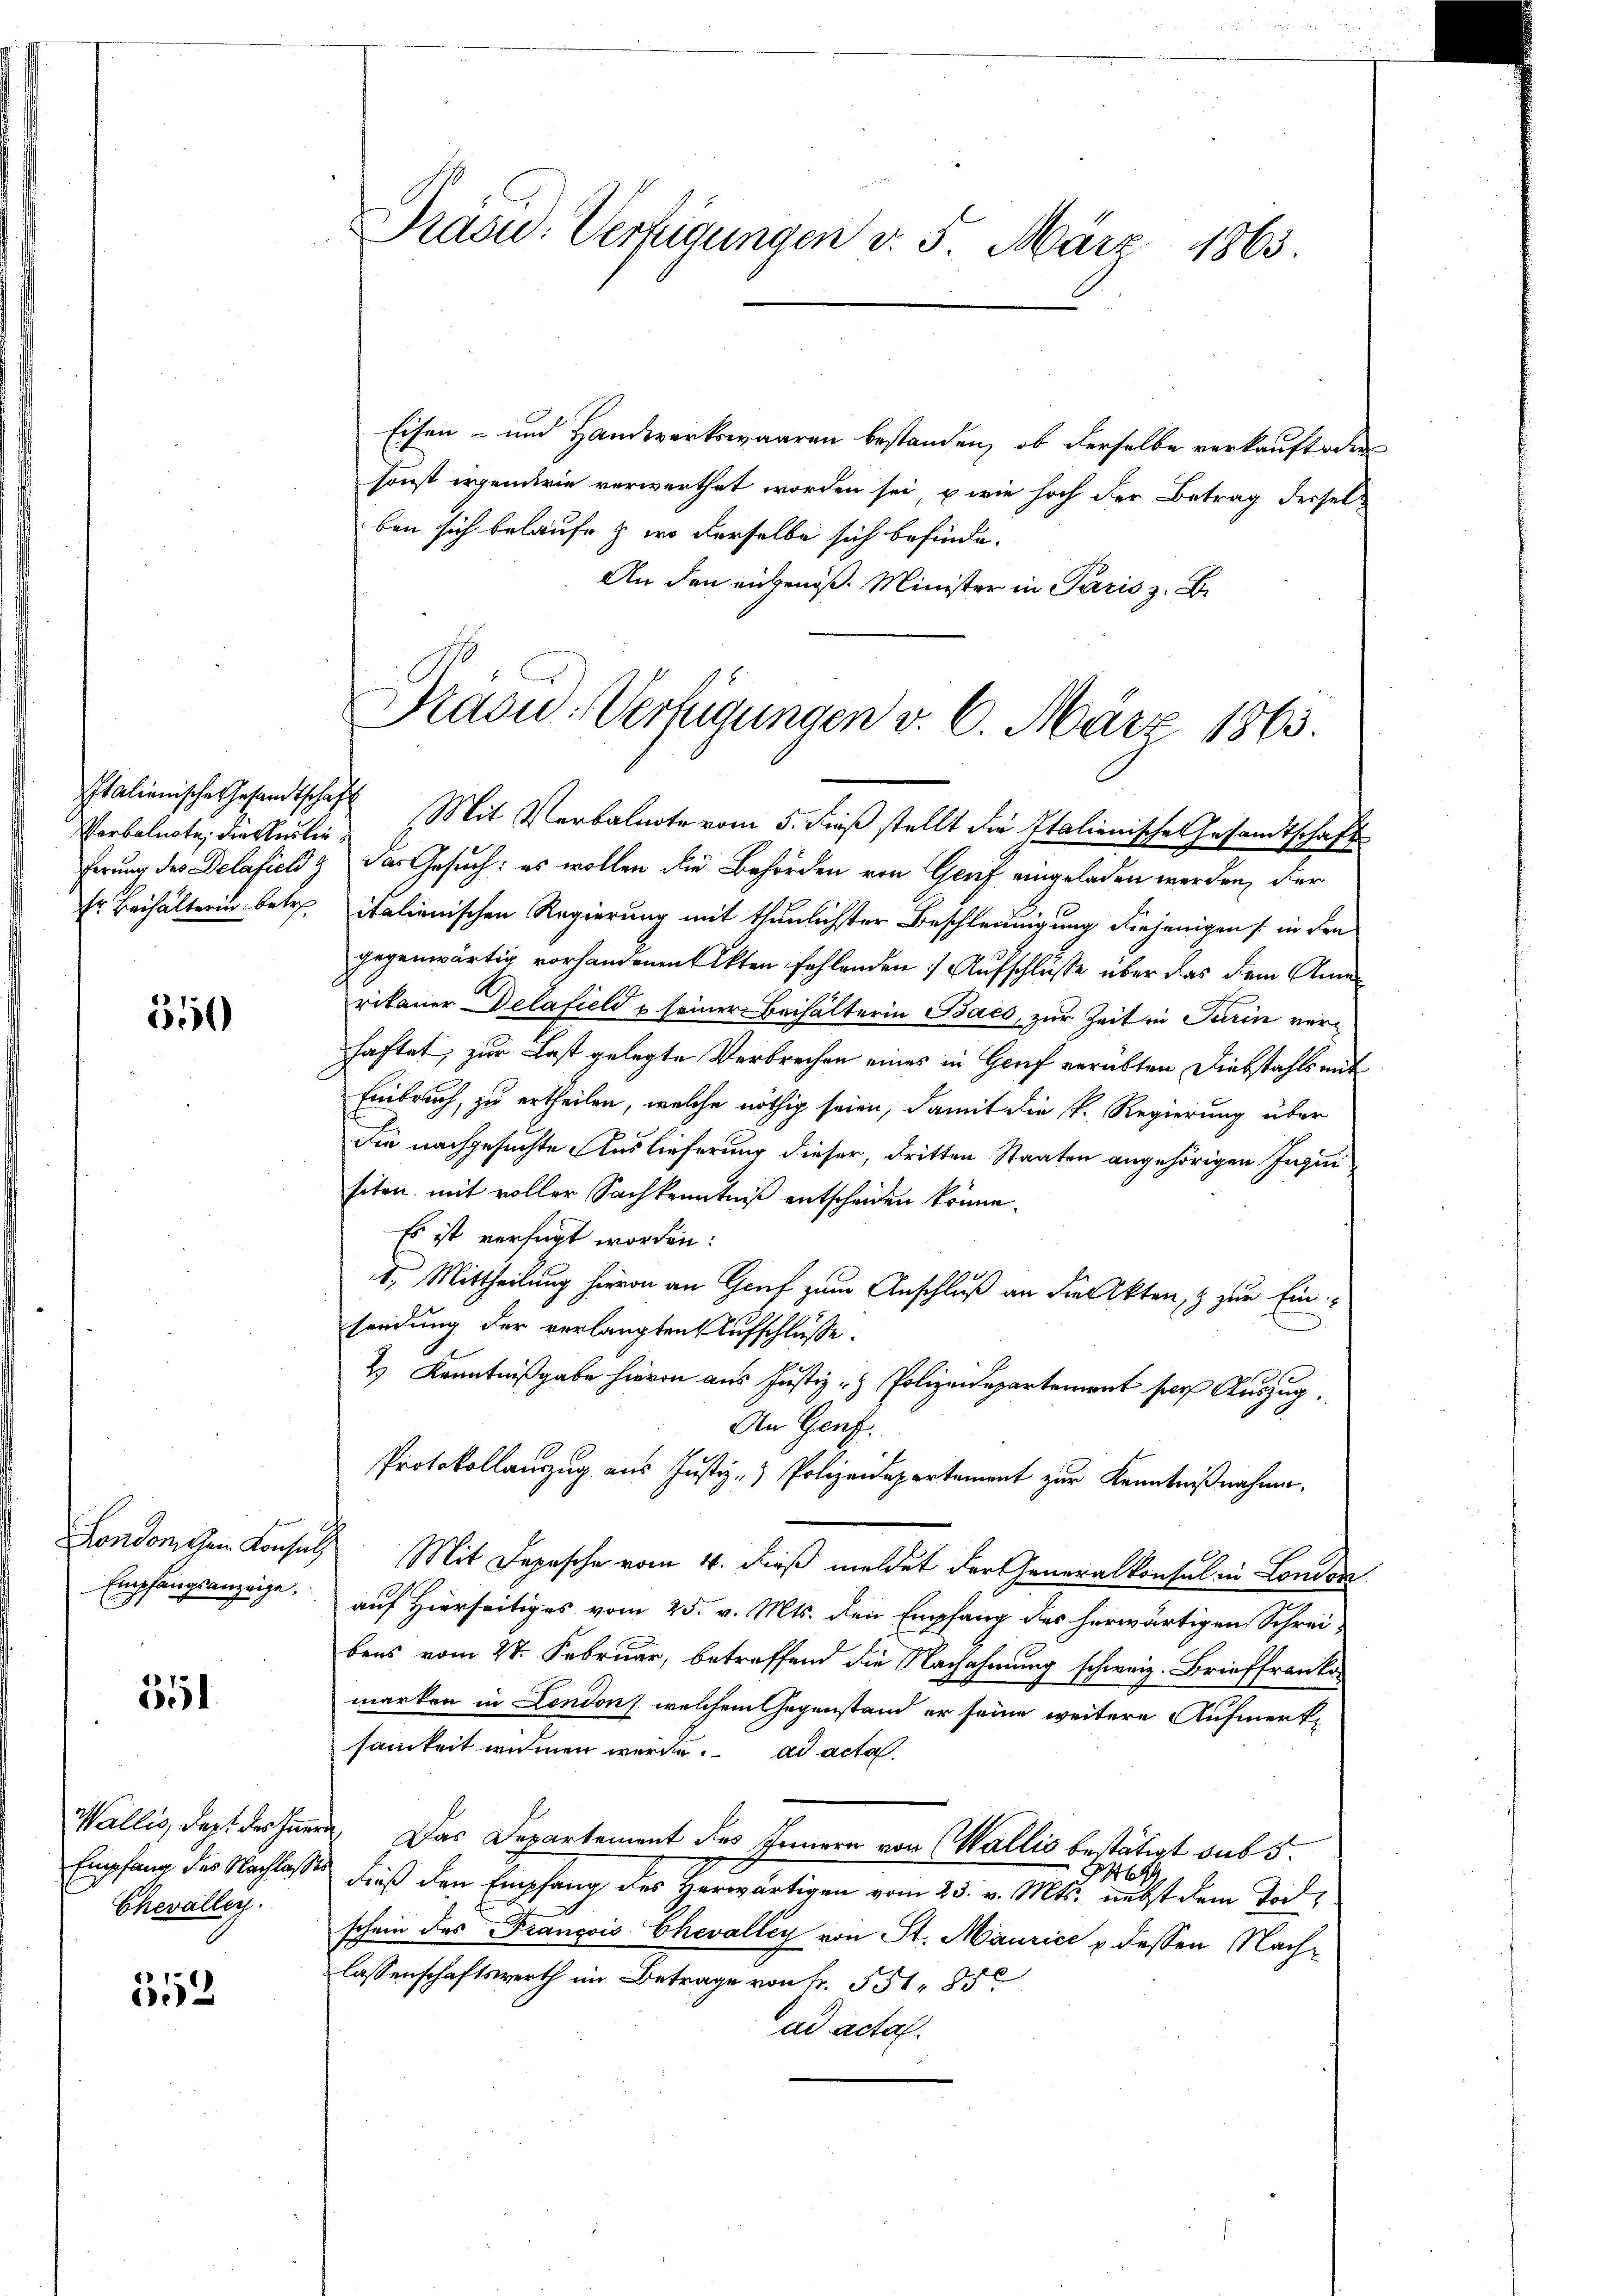
Verbalnote, die Auslie¬

550

187
.).

Chevaller.

552

Präsid.: Verfügungen d. 5. März 1863.

Eisen- und Handwerkswaaren bestanden, ob derselbe verkauft oder
sonst irgendrie verwerthet worden sei, u wie hoch der Betrag derselben sich belaufe & wo derselbe sich befinde.
An den angenoß. Minister in Paris z. B.

Ardou-Verfügungen v. 6. März 1863.

Italienische Gesandtschaft Mit Verbalnote vom 5. dieß stellt die Italienisches Gesamtschaft
ferung des Delasield & das Gesuch: es wollen die Behörden von Graf eingeladen werden, der
Er Beihalterin betr. italienischen Regierung mit thunlichster Beschleunigung diejenigen (in den
gegenwärtig vorhandenen Akten fehlenden : Aufschlüsse über das dem Anne
rikaner Delafield u seiner Beihälterin Bacs, zur Zeit in Turin verhaftet; zur Last gelegte Verbrechen eines in Genf verübten Diebstahls mit
Einbruch, zu ertheilen, welche nöthig seien, damit die k. Regierung über
Sie nachgesuchte Auslieferung dieser, dritten Staaten angehörigen Inquisiten, mit voller Sachkenntniß entscheiden könne.
Es ist verfügt worden:
1. Mittheilung hievon an Graf zum Anschluß an die Akten, & zur Ein
sendung der verlangten Aufschlüsse.
2 Kenntnißgabe hievon aus Justiz- & Polizeidepartement ser Auszug.
An Genf.
Protokollanzug aus Justiz- & Polizeidepartement zur Kenntnißnahme.
Londonischen Konsul Mit Depesche vom 4. dieß meldet der Generalkonsul in London
Empfangsanzeige, auf Hierseitiges vom 25. v. Mts. den Empfang des herwärtigen Schrei-
bens vom 27. Februar, betreffend die Nachahmung schweiz. Brieffranken
marken in London welchem Gegenstand er seine weitere Aufmerk-
samkeit nemen werde. ad acta.
Wallis, dept des Innern. Das Departement des Innern von Wallis bestätigt sub 5.
8469
Empfang des Nachlasse dieß den Empfang des Herwärtigen vom 25. v. Mts. nebst dem Todschein des François Chevalley von St. Maurice u. dessen Nachlassenschaftswerth im Betrage von Fr. 551. 85
ad acta.